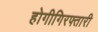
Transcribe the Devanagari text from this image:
होगीगिरफ्तारी